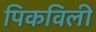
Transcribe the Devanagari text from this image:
पिकविली